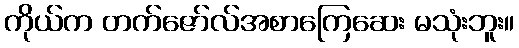
ကိုယ်က တက်ဇော်လ်အစာကြေဆေး မသုံးဘူး။